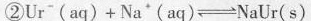
②$$ Ur^{-}(aq) + Na^{+}(aq) \rightleftharpoons NaUr(s) $$